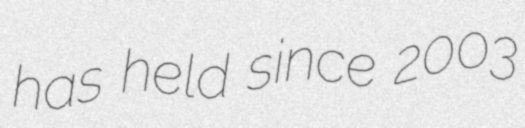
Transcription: has held since 2003